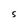
Character: S